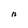
Character: n